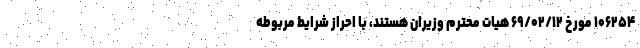
۱۰۶۲۵۴ مورخ ۶۹/۰۲/۱۲ هیات محترم وزیران هستند، با احراز شرایط مربوطه